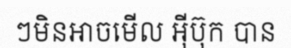
ៗមិនអាចមើល អ៊ីប៊ុក បាន